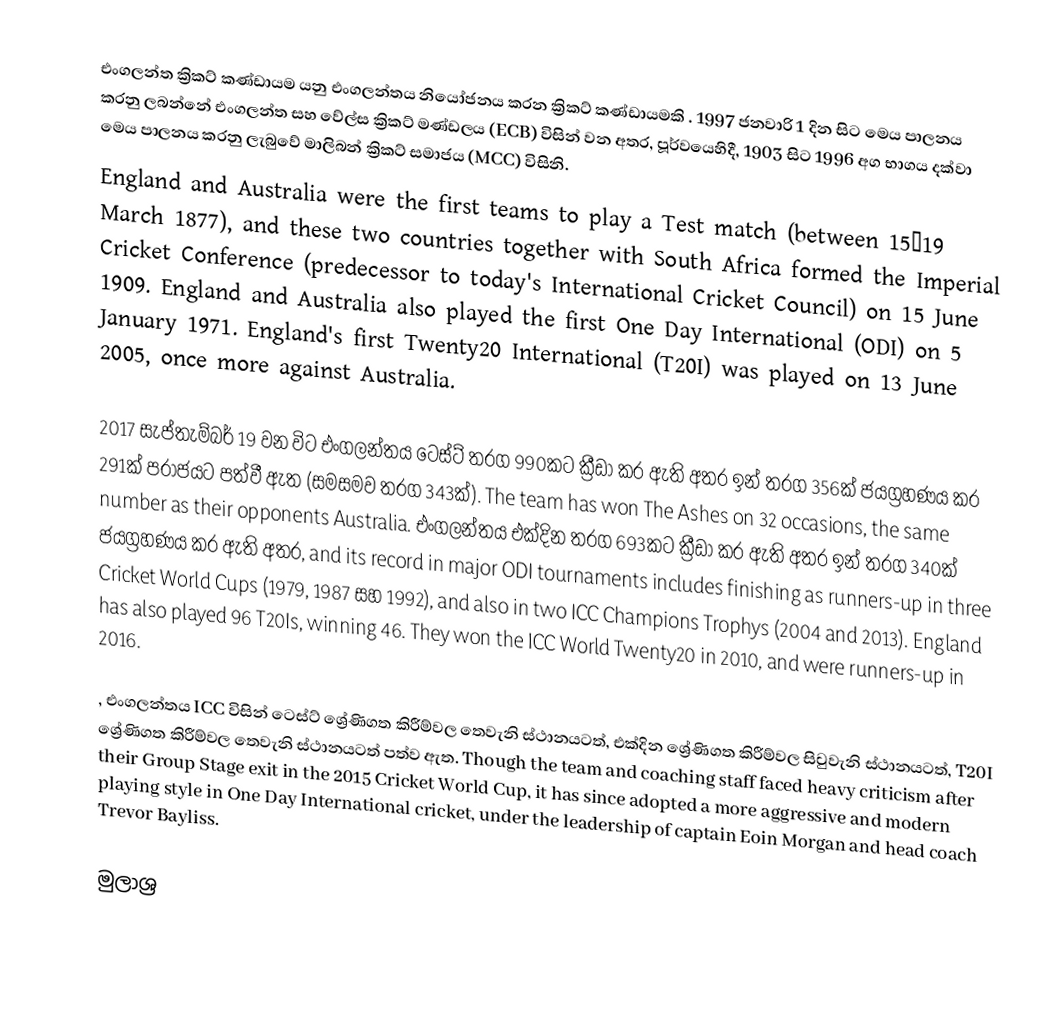
එංගලන්ත ක්‍රිකට් කණ්ඩායම යනු එංගලන්තය නියෝජනය කරන ක්‍රිකට් කණ්ඩායමකි . 1997 ජනවාරි 1 දින සිට මෙය පාලනය කරනු ලබන්නේ එංගලන්ත සහ වේල්ස ක්‍රිකට් මණ්ඩලය (ECB) විසින් වන අතර, පූර්වයෙහිදී, 1903 සිට 1996 අග භාගය දක්වා මෙය පාලනය කරනු ලැබුවේ  මාලිබන් ක්‍රිකට් සමාජය (MCC) විසිනි.
England and Australia were the first teams to play a Test match (between 15–19 March 1877), and these two countries together with South Africa formed the Imperial Cricket Conference (predecessor to today's International Cricket Council) on 15 June 1909. England and Australia also played the first One Day International (ODI) on 5 January 1971. England's first Twenty20 International (T20I) was played on 13 June 2005, once more against Australia.

2017 සැප්තැම්බර් 19 වන විට එංගලන්තය ටෙස්ට් තරග 990කට ක්‍රීඩා කර ඇති අතර ඉන් තරග 356ක් ජයග්‍රහණය කර 291ක් පරාජයට පත්වී ඇත (සමසමව තරග 343ක්). The team has won The Ashes on 32 occasions, the same number as their opponents Australia. එංගලන්තය එක්දින තරග 693කට ක්‍රීඩා කර ඇති අතර ඉන් තරග 340ක් ජයග්‍රහණය කර ඇති අතර, and its record in major ODI tournaments includes finishing as runners-up in three Cricket World Cups (1979, 1987 සහ 1992), and also in two ICC Champions Trophys (2004 and 2013). England has also played 96 T20Is, winning 46. They won the ICC World Twenty20 in 2010, and were runners-up in 2016.

, එංගලන්තය ICC විසින් ටෙස්ට් ශ්‍රේණිගත කිරීම්වල තෙවැනි ස්ථානයටත්, එක්දින ශ්‍රේණිගත කිරීම්වල සිවුවැනි ස්ථානයටත්, T20I ශ්‍රේණිගත කිරීම්වල තෙවැනි ස්ථානයටත් පත්ව ඇත. Though the team and coaching staff faced heavy criticism after their Group Stage exit in the 2015 Cricket World Cup, it has since adopted a more aggressive and modern playing style in One Day International cricket, under the leadership of captain Eoin Morgan and head coach Trevor Bayliss.

මුලාශ්‍ර